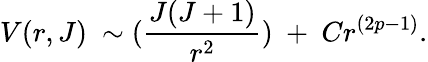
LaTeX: V(r,J)\ \sim({\frac{J(J+1)}{r^{2}}})\ +\ Cr^{(2p-1)}.